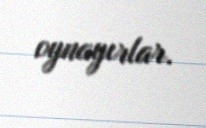
oynayırlar.